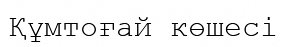
Құмтоғай көшесі